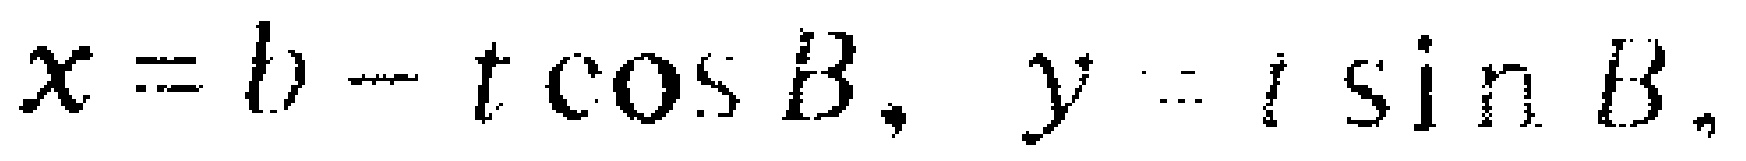
$x = b - t\cos B, \ y = t\sin B,$